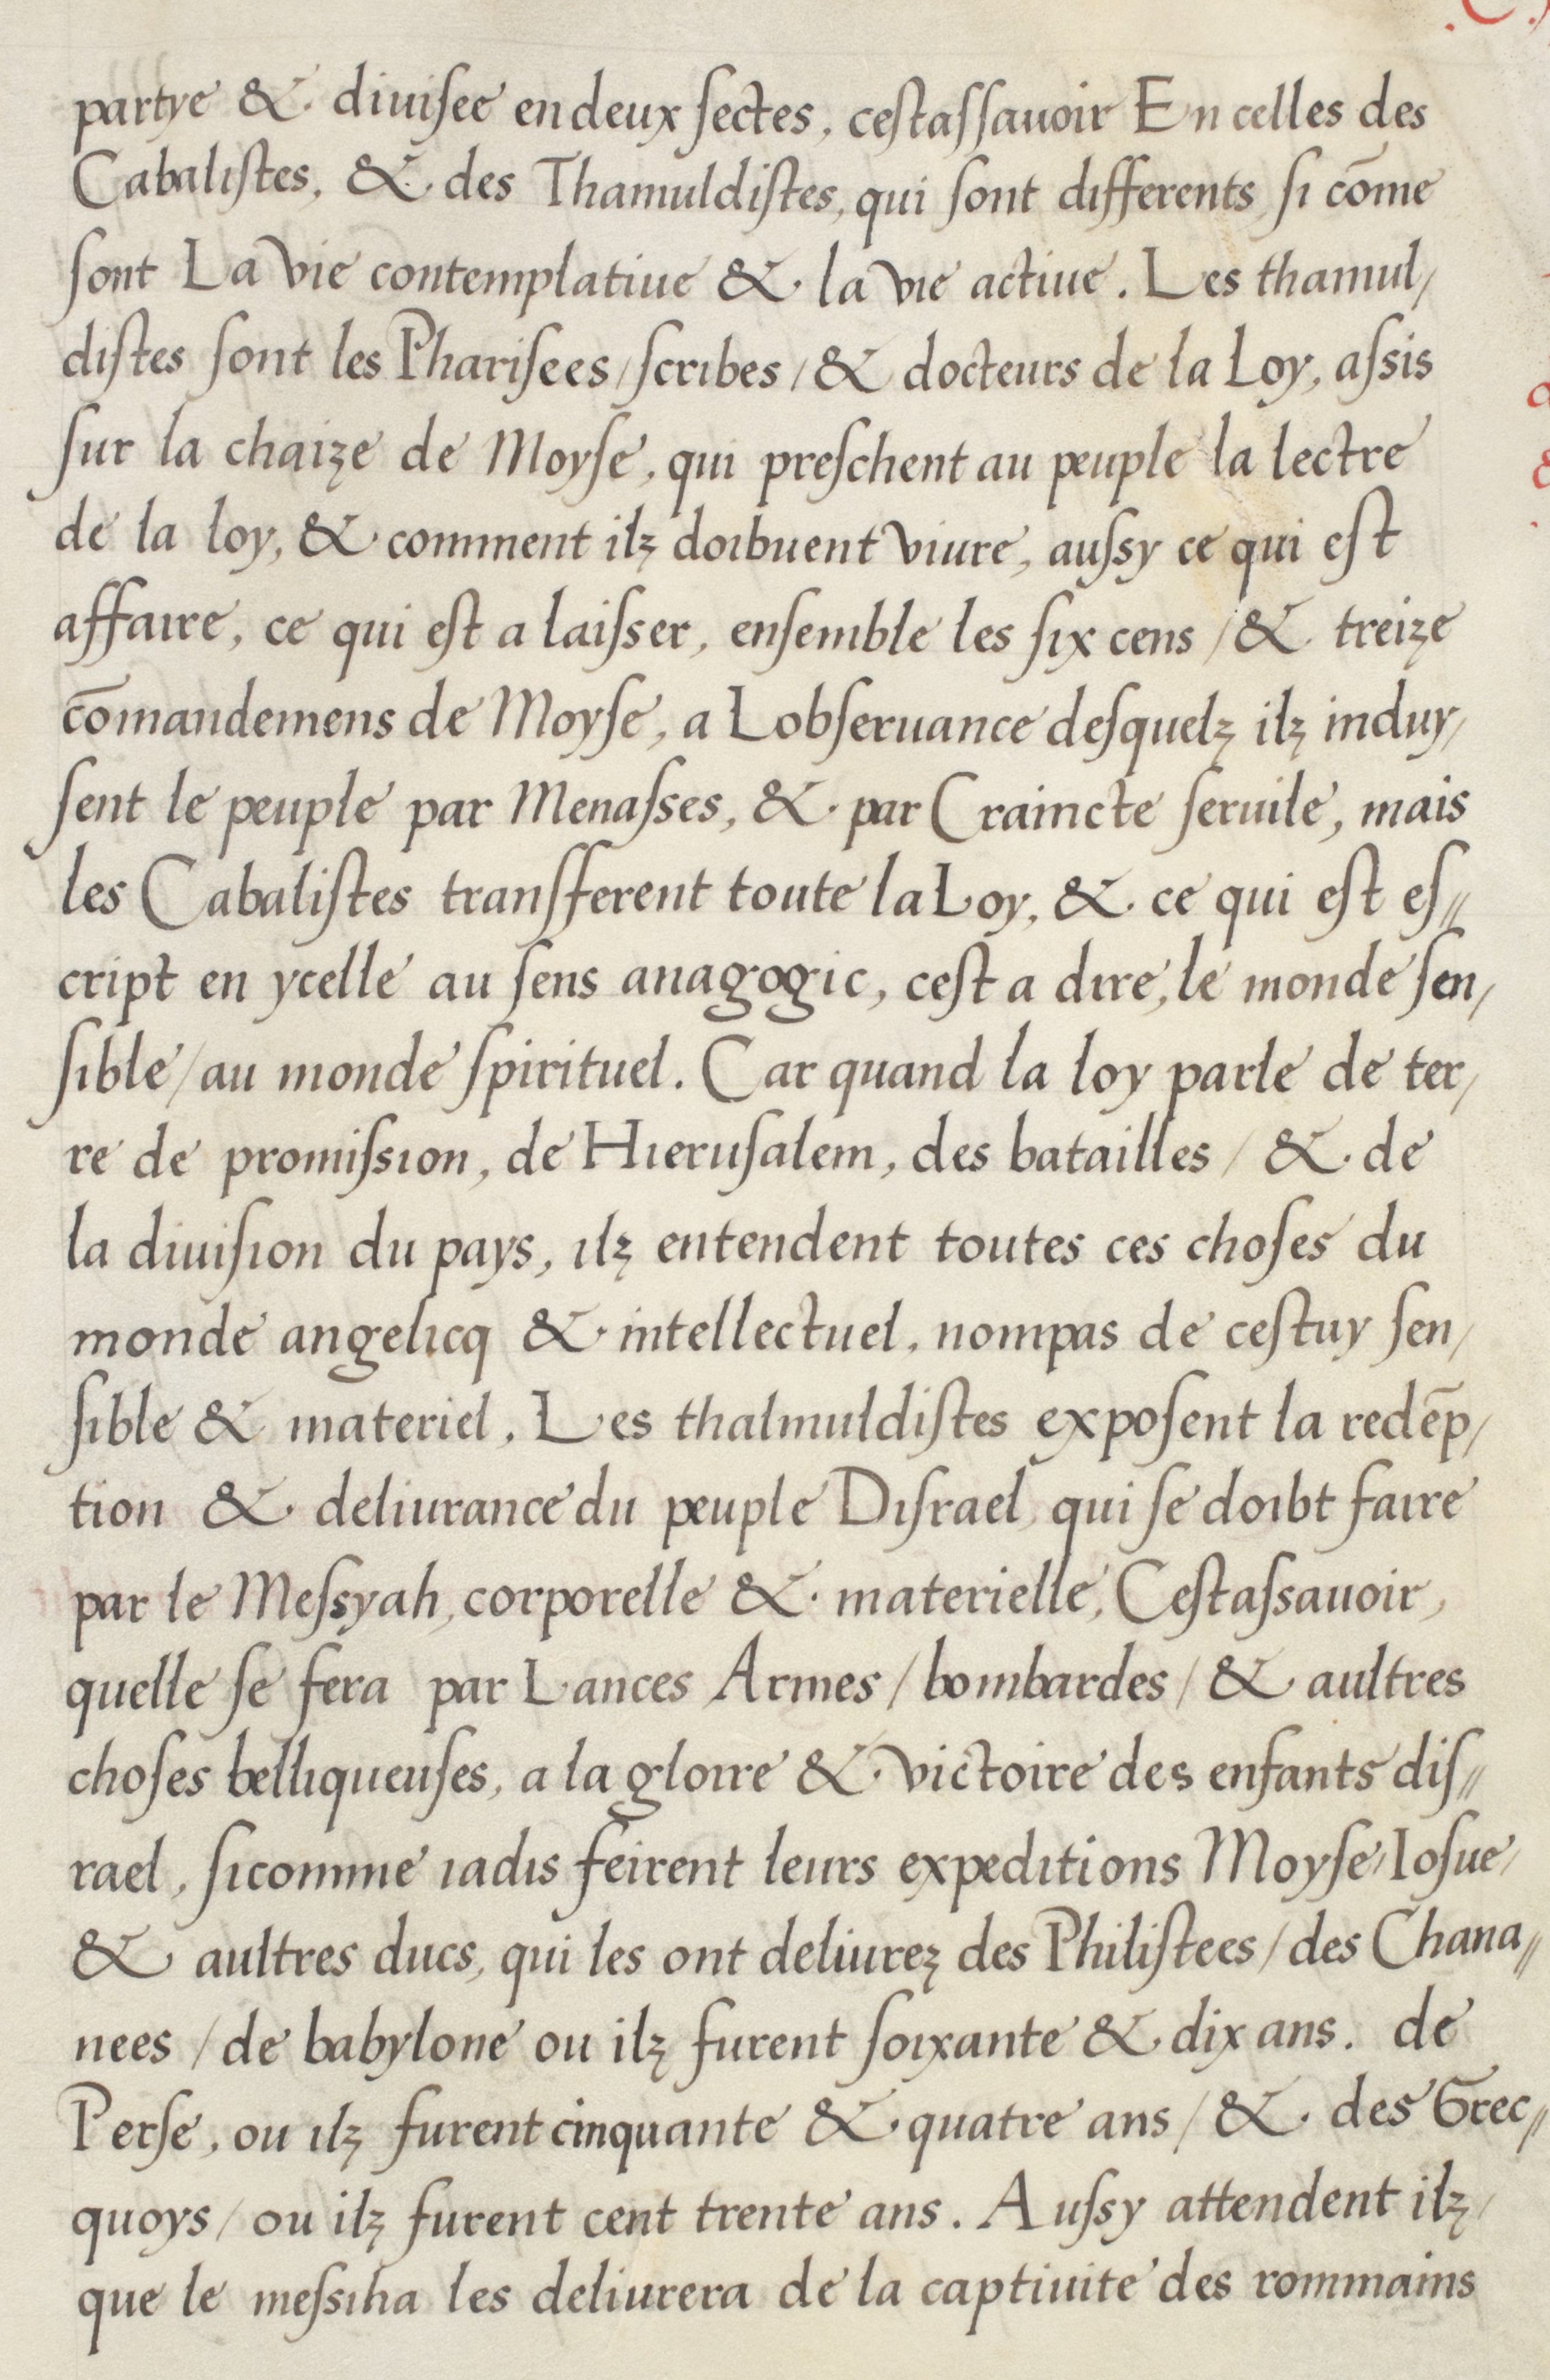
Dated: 1536–1536